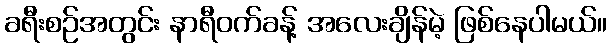
ခရီးစဉ်အတွင်း နာရီဝက်ခန့် အလေးချိန်မဲ့ ဖြစ်နေပါမယ်။